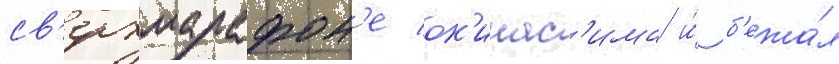
св'ерхмарафон'е ок'инас'има и́ б'ежа́л